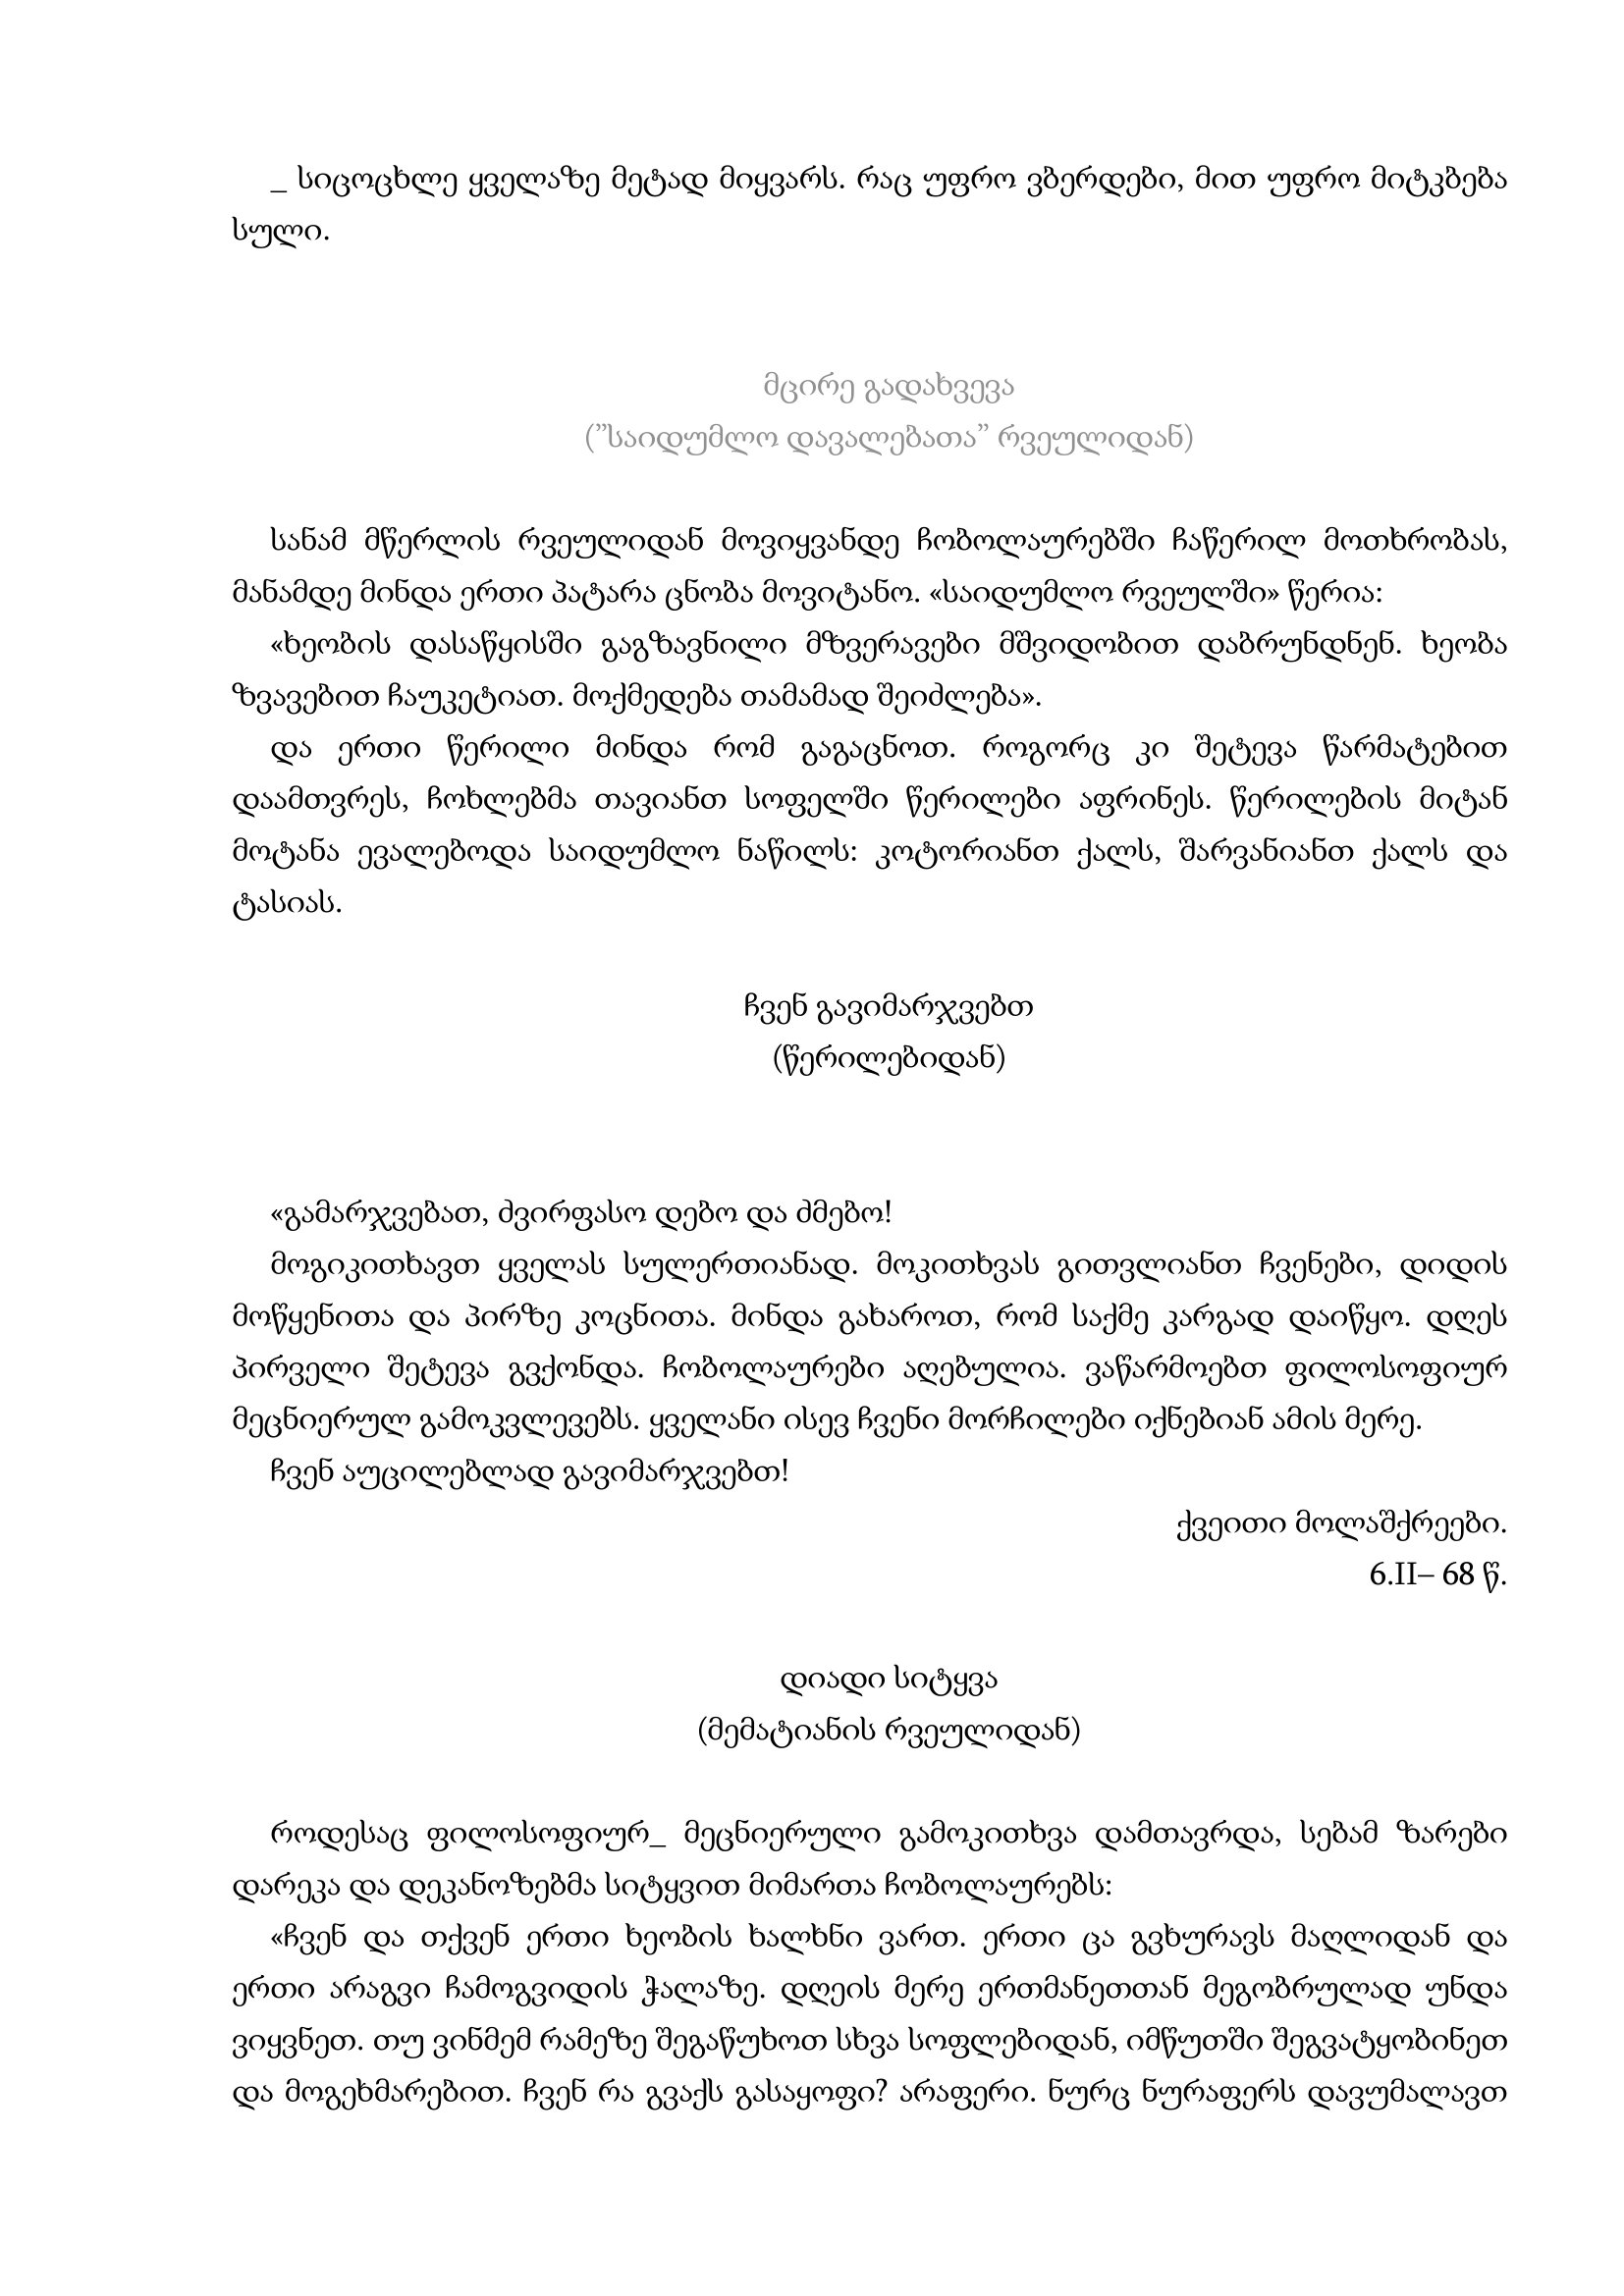
Language: gr